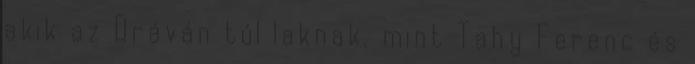
akik az Dráván túl laknak, mint Tahy Ferenc és